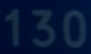
130